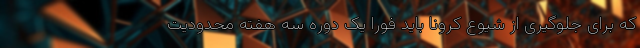
که برای جلوگیری از شیوع کرونا باید فوراً یک دوره سه هفته محدودیت